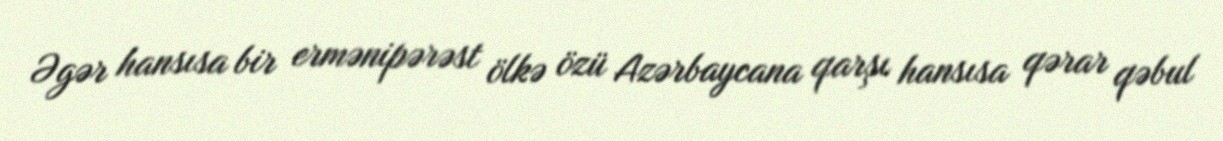
Əgər hansısa bir ermənipərəst ölkə özü Azərbaycana qarşı hansısa qərar qəbul